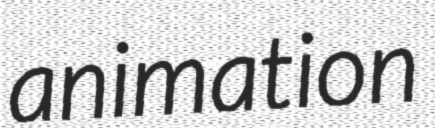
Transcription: animation